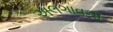
અલગાવની